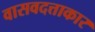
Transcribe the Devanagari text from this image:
वासवदत्ताकार